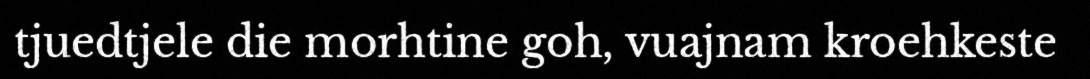
tjuedtjele die morhtine goh, vuajnam kroehkeste